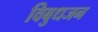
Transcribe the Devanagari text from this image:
विबुधजन